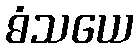
ဓံသယေ